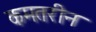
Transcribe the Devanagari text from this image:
कमतरीन